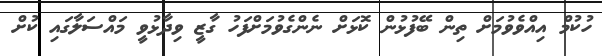
ހުކުމް އިއްވެވުމަށް ތިން ބޭފުޅުން ކޮޅަށް ނެންގެވުމަށްފަހު ގާޒީ ވިދާޅުވީ މައްސަލާގައި ކުށް